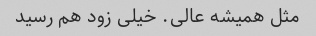
مثل همیشه عالی. خیلی زود هم رسید